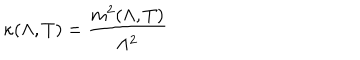
\kappa ( \Lambda , T ) = \frac { m ^ { 2 } ( \Lambda , T ) } { \Lambda ^ { 2 } }